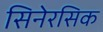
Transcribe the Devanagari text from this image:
सिनेरसिक